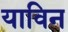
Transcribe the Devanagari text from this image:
याविन